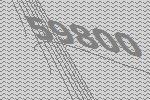
59800